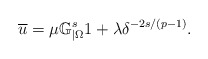
\begin{align*}\overline u=\mu\mathbb{G}_{|\Omega}^s1+\lambda\delta^{-2s/(p-1)}.\end{align*}